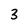
Character: 3